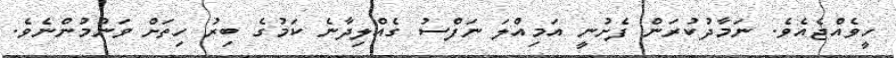
ހީވެއްޖެއެވެ. ނަމާދުކުރަން ފެށުނީ އަމިއްލަ ނަފްސު ގެއްލިދާނެ ކަމުގެ ބިރު ހިތަށް ވަނުމުންނެވެ.